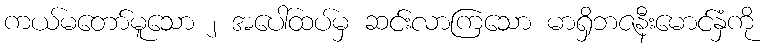
ကယ်မတော်မူသော ၂ အပေါ်ထပ်မှ ဆင်းလာကြသော မာရှိဘဇနီးမောင်နှံကို